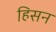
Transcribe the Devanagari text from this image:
हिसन